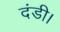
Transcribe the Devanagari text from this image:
दंडी।